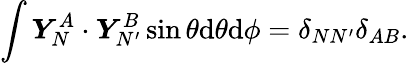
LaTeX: \int\boldsymbol{Y}_{N}^{A}\cdot\boldsymbol{Y}_{N^{\prime}}^{B}\sin\theta\mathrm{d}\theta\mathrm{d}\phi=\delta_{NN^{\prime}}\delta_{AB}.